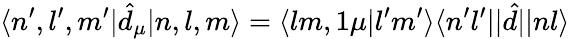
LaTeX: \langle n^{\prime},l^{\prime},m^{\prime}|\hat{d}_{\mu}|n,l,m\rangle=\langle lm,1\mu|l^{\prime}m^{\prime}\rangle\langle n^{\prime}l^{\prime}||\hat{d}||nl\rangle